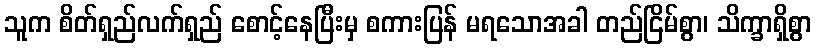
သူက စိတ်ရှည်လက်ရှည် စောင့်နေပြီးမှ စကားပြန် မရသောအခါ တည်ငြိမ်စွာ၊ သိက္ခာရှိစွာ